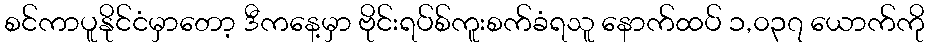
စင်ကာပူနိုင်ငံမှာတော့ ဒီကနေ့မှာ ဗိုင်းရပ်စ်ကူးစက်ခံရသူ နောက်ထပ် ၁,၀၃၇ ယောက်ကို